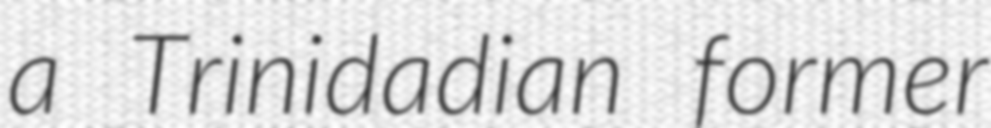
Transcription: a Trinidadian former